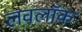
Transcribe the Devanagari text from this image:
लवलॉक